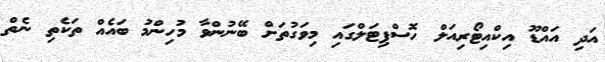
އަދި އައްޑޫ އިކްއިޓޯރިއަލް ހޮސްޕިޓަލްގައި މިވަގުތަށް ބޭނުންވާ މުހިންމު ބައެއް ތަކެތި ނެތް